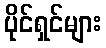
ပိုင်ရှင်များ